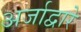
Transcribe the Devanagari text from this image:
अर्जाद्वारे